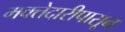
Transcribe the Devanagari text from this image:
मक्तेदारीपासून